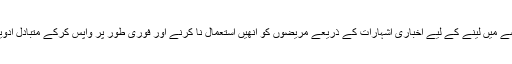
حکومتِ پنجاب نے متعلقہ غیر معیاری ادویات کی کھیپ کو قبضے میں لینے کے لیے اخباری اشہارات کے ذریعے مریضوں کو انھیں استعمال نا کرنے اور فوری طور پر واپس کرکے متبادل ادویات حاصل کرنے کی ایک بھرپور مہم بھی شروع کر رکھی ہے۔